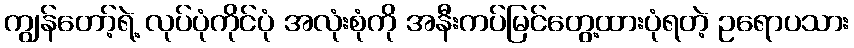
ကျွန်တော့်ရဲ့ လုပ်ပုံကိုင်ပုံ အလုံးစုံကို အနီးကပ်မြင်တွေ့ထားပုံရတဲ့ ဥရောပသား